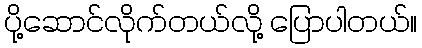
ပို့ဆောင်လိုက်တယ်လို့ ပြောပါတယ်။